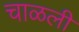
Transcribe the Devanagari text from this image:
चाळली